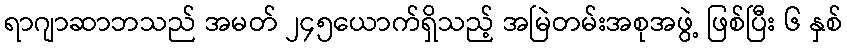
ရာဂျာဆာဘသည် အမတ် ၂၄၅ယောက်ရှိသည့် အမြဲတမ်းအစုအဖွဲ့ ဖြစ်ပြီး ၆ နှစ်